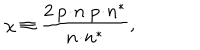
LaTeX: \chi \equiv \frac { 2 \: p \! \cdot \! n \; p \! \cdot \! n ^ { \ast } } { n \! \cdot \! n ^ { \ast } } ,